Scottish Certificate of Education, 1963
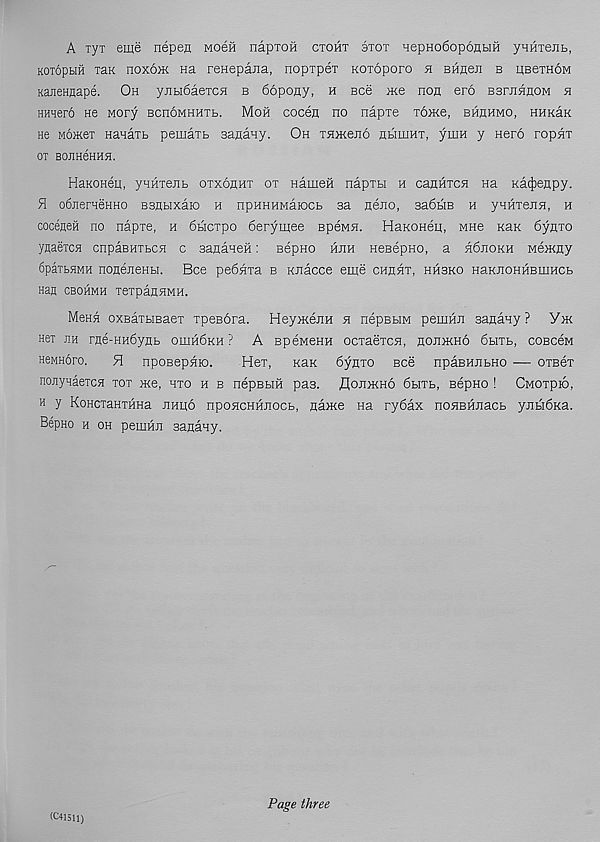
A ryx eme nepen mobh napxoH ctoht stot HepHo6op6HbiH ynHiejit,
KOTopbiH xaK noxoiK Ha reHepana, nopxpex noxoporo a BHnen b usexHOM
Kanennape. Oh yjibi6aexc5i b 66poHy, a see axe non ero BarnnnoM a
HHxero He Mory BcnoMHHXb. Moh cocen no napxe xo>Ke, bhhhmo, HHKaK
He MOHtex Hanaxb pemaxb Banany. Oh xaHeeno nbiuiHx, ymn y Hero ropax
or BoaHeHHa.
HaKOHeq, yanxeab oxxobhx ox HameH napxbi h cannxca na KacJjenpy.
H o6jierHeHHO BBflbixaio h npHHHMaiocb sa aeno, 3a6biB h yamena, h
coceneii no napxe, h 6bicxpo 6erymee Bpena. HaKonea, mhg Kan 6ynxo
ynaexcH cnpasHXbca c sananeH: Bepno hjih neBepno, a h6jiokh Memny
6paxbaMH noneaenbi. Bee pe6axa b Knacce eipe CHflax, hhbko HaKJTOHHBinucb
nan cbohmh xexpanawH.
Mena oxBaxbreaex xpesora. HeyaxenH a nepBbiM pernm sanaay ? Yjk
Hex jih rne-HH6ynb ohih6kh ? A speMeHH ocxaexca, hoidkho 6bixb, coBceM
HeMHoro.
H nposepaio.
Hex, Kax 6ynxo bcS npaBHJibHO — oxsex
nojTynaexca xox me, hto h b nepBbift pas. flonmno 6bixb, Bepno ! Cmoxpio,
h y KoHcxaHXHHa nnpo npoacHHJiocb, name Ha ry6ax noaBHnacb ynbi6Ka.
Bepno h oh pemHn sanany.
(041511)
Page three